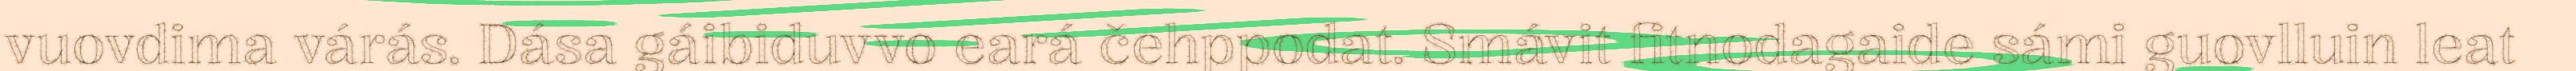
vuovdima várás. Dása gáibiduvvo eará čehppodat. Smávit fitnodagaide sámi guovlluin leat